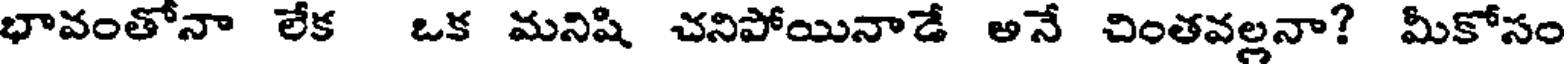
భావంతోనా లేక ఒక మనిషి చనిపోయినాడే అనే చింతవల్లనా? మీకోసం